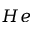
H e